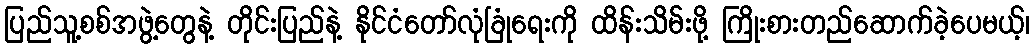
ပြည်သူ့စစ်အဖွဲ့တွေနဲ့ တိုင်းပြည်နဲ့ နိုင်ငံတော်လုံခြုံရေးကို ထိန်းသိမ်းဖို့ ကြိုးစားတည်ဆောက်ခဲ့ပေမယ့်၊